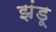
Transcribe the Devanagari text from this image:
झंडू